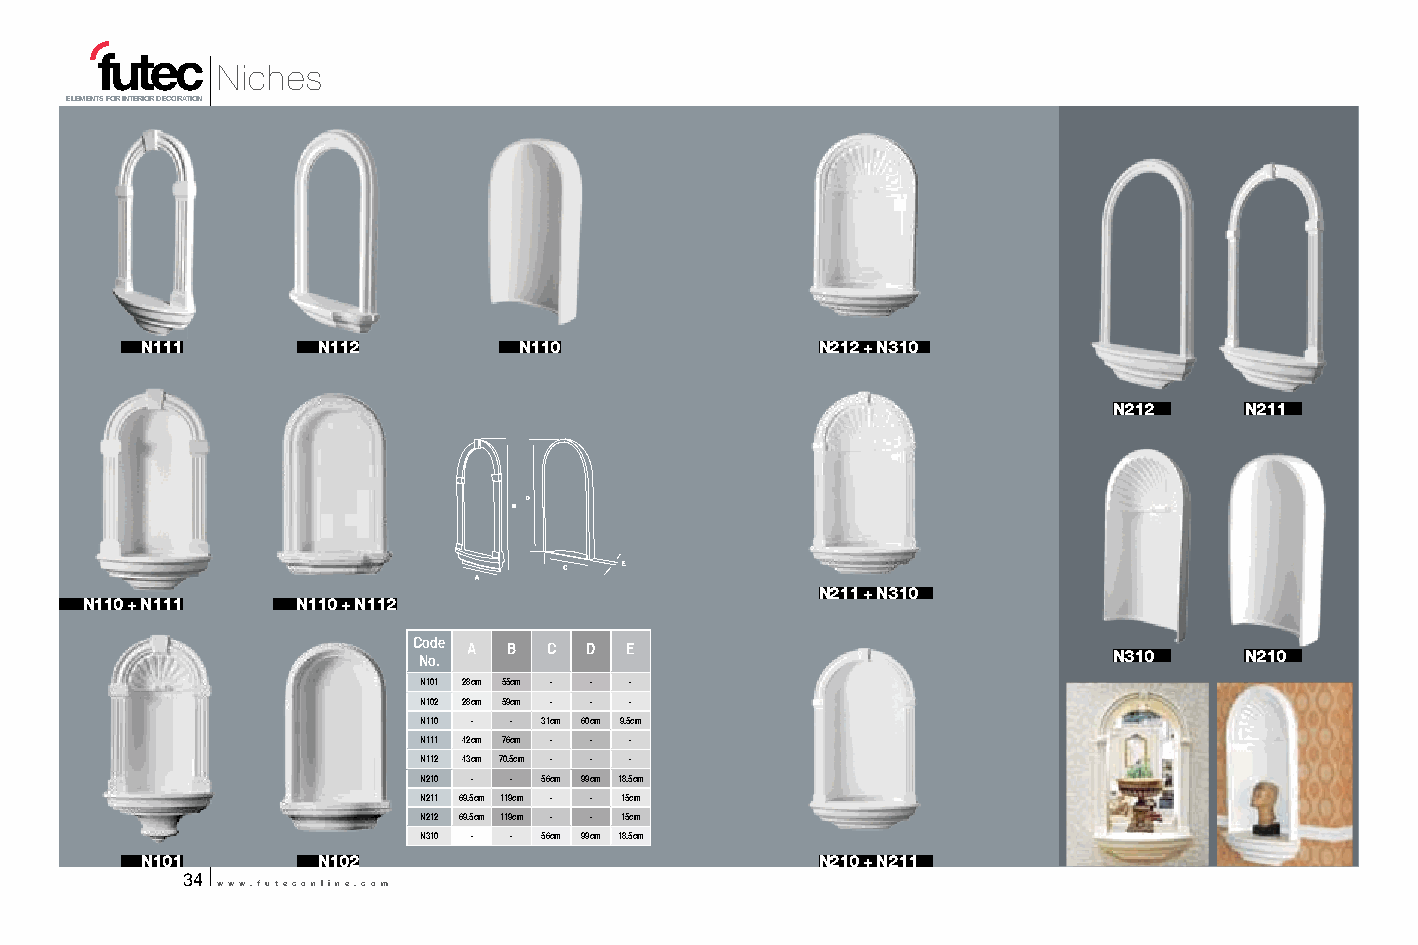
Niches
 ELEMENTS FOR INTERIOR DECORATION
 N111        N112         N110                N212 + N310
 N212    N211
 N211 + N310
 N110 + N111    N110 + N112
 Code A B C  D E
 No.                                           N310    N210
 N101 28cm 55cm - - -
 N102 28cm 59cm - - -
 N110 - - 31cm 60cm 9.5cm
 N111 42cm 76cm - - -
 N112 43cm 70.5cm - - -
 N210 - - 56cm 99cm 18.5cm
 N211 69.5cm 119cm - - 15cm
 N212 69.5cm 119cm - - 15cm
 N310 - - 56cm 99cm 18.5cm
 N101        N102                             N210 + N211
 34
 www.futeconline.com